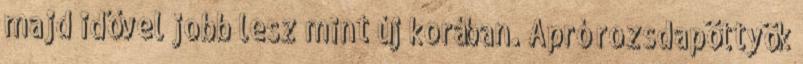
majd idővel jobb lesz mint új korában. Apró rozsdapöttyök